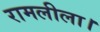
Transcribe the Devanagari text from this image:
रामलीला।